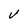
Character: V